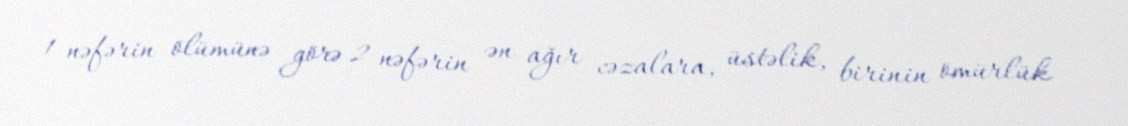
1 nəfərin ölümünə görə 2 nəfərin ən ağır cəzalara, üstəlik, birinin ömürlük